Senior Leaving Certificate Examination (including Day School Certificate (Higher) General paper), 1948
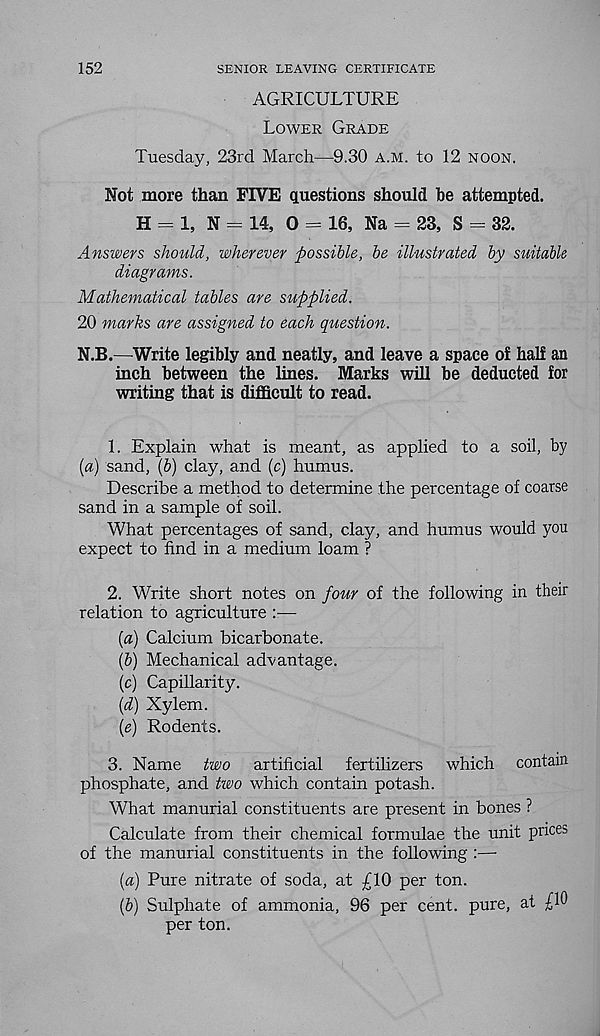
152
SENIOR LEAVING CERTIFICATE
AGRICULTURE
Lower Grade
Tuesday, 23rd March—9.30 a.m. to 12 noon.
Not more than FIVE questions should he attempted.
H = 1, N = 14, 0 = 16, Na = 23, S = 32.
Answers should, wherever possible, be illustrated by suitable
diagrams.
Mathematical tables are supplied.
20 marks are assigned to each question.
N.B.—Write legibly and neatly, and leave a space of half an
inch between the lines. Marks will be deducted for
writing that is difficult to read.
1. Explain what is meant, as applied to a soil, by
[a) sand, (b) clay, and (c) humus.
Describe a method to determine the percentage of coarse
sand in a sample of soil.
What percentages of sand, clay, and humus would you
expect to find in a medium loam ?
2. Write short notes on four of the following in their
relation to agriculture :—
(a) Calcium bicarbonate.
(b) Mechanical advantage.
(c) Capillarity.
(d) Xylem.
(e) Rodents.
3. Name two artificial fertilizers which contain
phosphate, and two which contain potash.
What manurial constituents are present in bones ?
Calculate from their chemical formulae the unit prices
of the manurial constituents in the following :•—•
(a) Pure nitrate of soda, at £10 per ton.
(b) Sulphate of ammonia, 96 per cent, pure, at £10
per ton.